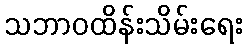
သဘာဝထိန်းသိမ်းရေး